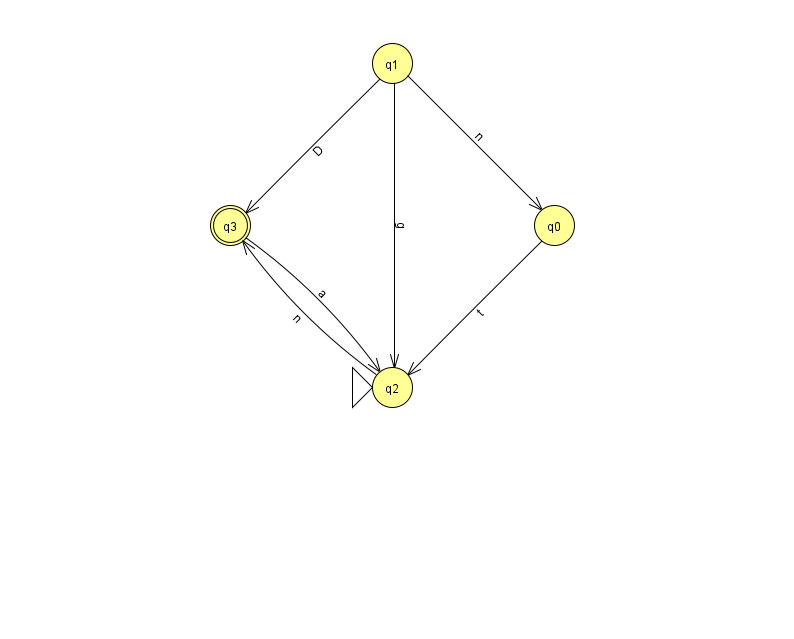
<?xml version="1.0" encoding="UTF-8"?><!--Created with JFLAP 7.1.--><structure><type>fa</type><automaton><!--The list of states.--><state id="0" name="q0"><x>554.0</x><y>212.0</y></state><state id="1" name="q1"><x>392.0</x><y>50.0</y></state><state id="2" name="q2"><x>392.0</x><y>374.0</y><initial/></state><state id="3" name="q3"><x>230.0</x><y>212.0</y><final/></state><!--The list of transitions.--><transition><from>0</from><to>2</to><read>t</read></transition><transition><from>1</from><to>0</to><read>n</read></transition><transition><from>3</from><to>2</to><read>a</read></transition><transition><from>1</from><to>2</to><read>g</read></transition><transition><from>2</from><to>3</to><read>n</read></transition><transition><from>1</from><to>3</to><read>D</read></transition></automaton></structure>